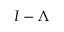
I - \Lambda